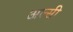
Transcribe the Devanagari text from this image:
अल्सी